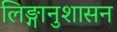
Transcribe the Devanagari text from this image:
लिङ्गानुशासन